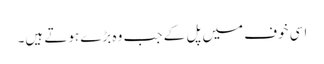
اسی خوف میں پل کے جب وہ بڑے ہوتے ہیں۔